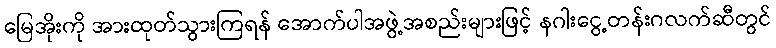
မြေအိုးကို အားထုတ်သွားကြရန် အောက်ပါအဖွဲ့အစည်းများဖြင့် နဂါးငွေ့တန်းဂလက်ဆီတွင်